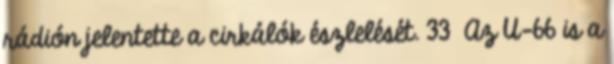
rádión jelentette a cirkálók észlelését. 33 Az U-66 is a